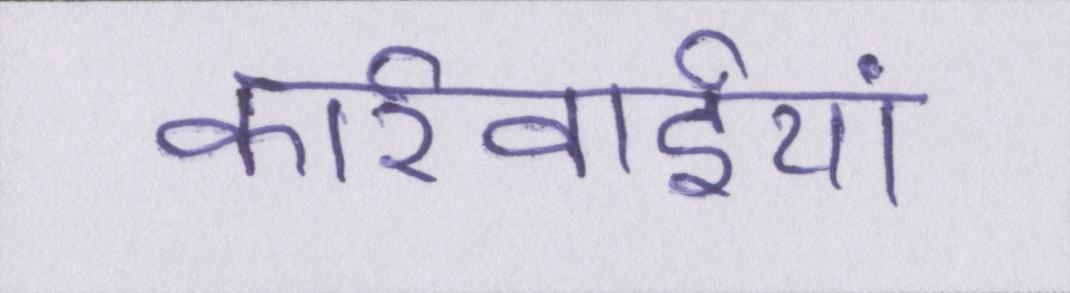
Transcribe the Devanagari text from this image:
कार्रवाईयां